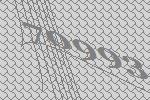
70993